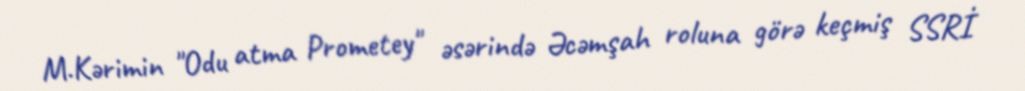
M.Kərimin "Odu atma Prometey" əsərində Əcəmşah roluna görə keçmiş SSRİ